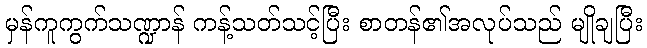
မှန်ကူကွက်သဏ္ဍာန် ကန့်သတ်သင့်ပြီး စာတန်၏အလုပ်သည် မျိုချပြီး